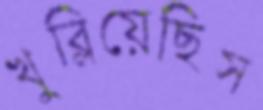
খুব্‌লিয়েছিস